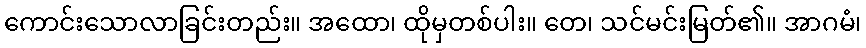
ကောင်းသောလာခြင်းတည်း။ အထော၊ ထိုမှတစ်ပါး။ တေ၊ သင်မင်းမြတ်၏။ အာဂမံ၊